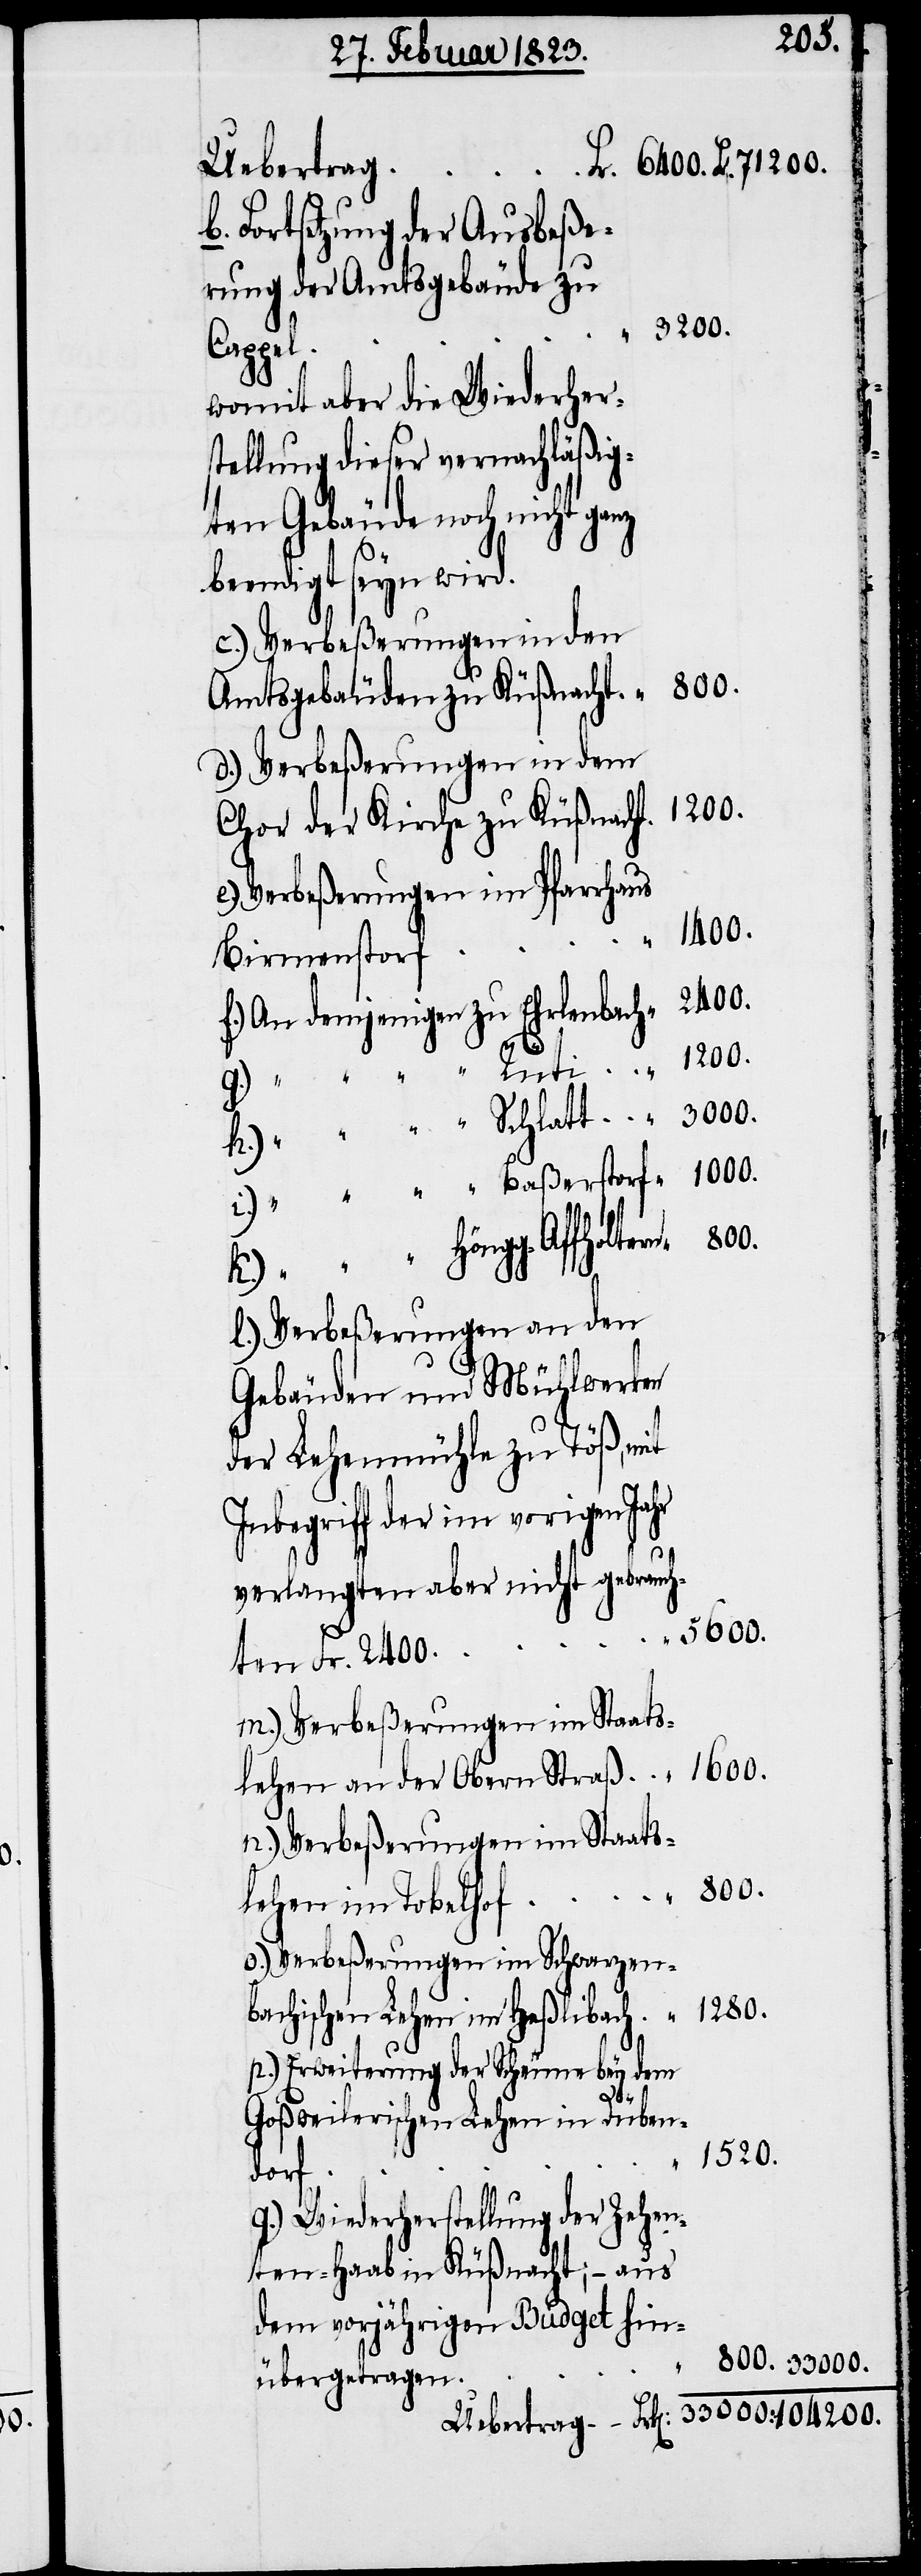
Uebertrag
ba¬
Fortsetzung der Ausbeße¬
rung der Amtsgebäude zu
3200.
„
Cappel
womit aber die Wiederher¬
stellung dieser vernachläßig¬
ten Gebäude noch nicht ganz
beendigt seyn wird.
c.) Verbeßerungen in den
Amtsgebäuden zu Küßnacht.
d.) Verbeßerungen in dem
Chor der Kirche zu Küßnacht.
e.) Verbeßerungen im Pfarrhaus
Birmenstorf
f.) An demjenigen zu Ehrlenbach
104200.
k.) „ „ „ Höngg-Affholtern
l.) Verbeßerungen an den
Gebäuden und Mühlwerken
der Lehenmühle zu Töß, mit
Inbegriff der im vorigen Jahr
verlangten aber nicht gebrauch¬
33000.
ten Fr. 2400.
n.) Verbeßerungen im Staats¬
lehen an der Obern Straß
o.) Verbeßerungen im Schwarzen¬
chischen Lehen im Haßlibach
p.) Erweiterung der Scheune bey dem
Fr.
Goßweilerischen Lehen in Düben¬
dorf
q.) Wiederherstellung der Zehen¬
ten-Haab in Küßnacht; – aus
dem vorjährigen Budget hin¬
übergetragen